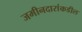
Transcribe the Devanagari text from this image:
जमीनदारांकडील